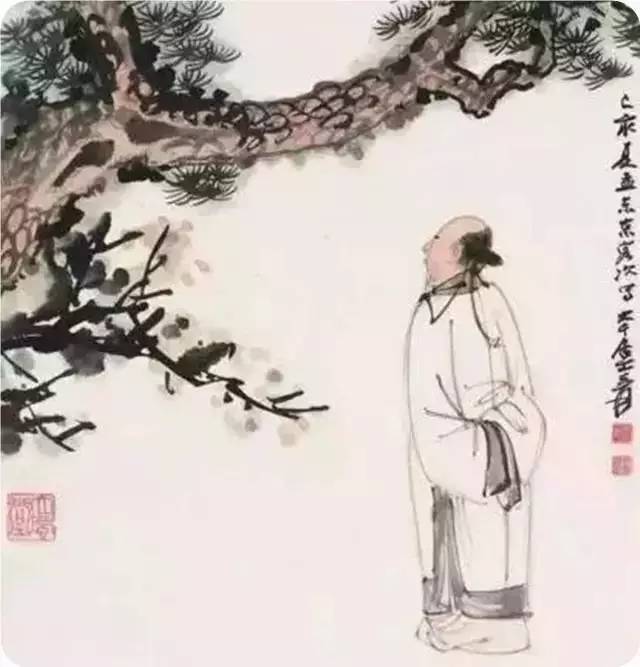
成大功者不小苛。